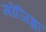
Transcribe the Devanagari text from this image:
गोजिह्वा